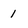
Character: 1